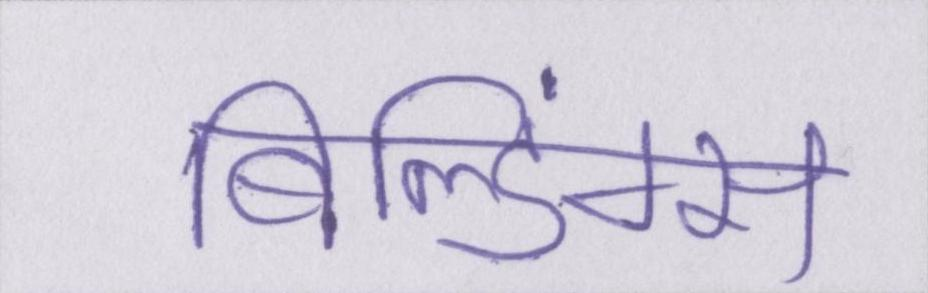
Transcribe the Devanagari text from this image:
बिल्डिंग्स